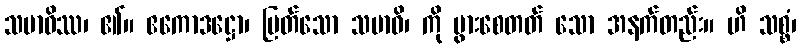
သမာဓိဿ၊ ၏။ ဧကောဒဋ္ဌော၊ မြတ်သော သမာဓိ၊ ကို ပွားစေတတ် သော အနက်တည်း။ ဟိ သစ္စံ၊